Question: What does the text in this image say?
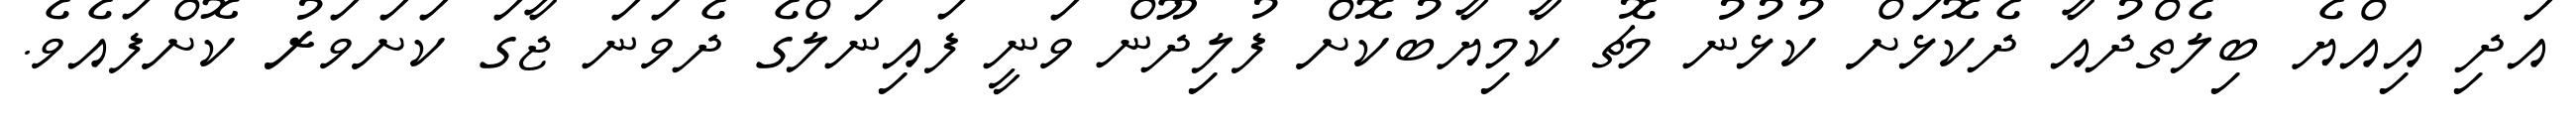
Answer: އަދި އިއްޔެ ބިލެތްދުއާ ދެކޮޅަށް ކުޅުނު މެޗު ކާމިޔާބުކޮށް ފުލިދޫން ވަނީ ފައިނަލްގެ ދެވަނަ ޖާގަ ކަށަވަރު ކޮށްފައެވެ.